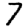
Digit: 7